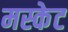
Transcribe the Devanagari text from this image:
मस्केट